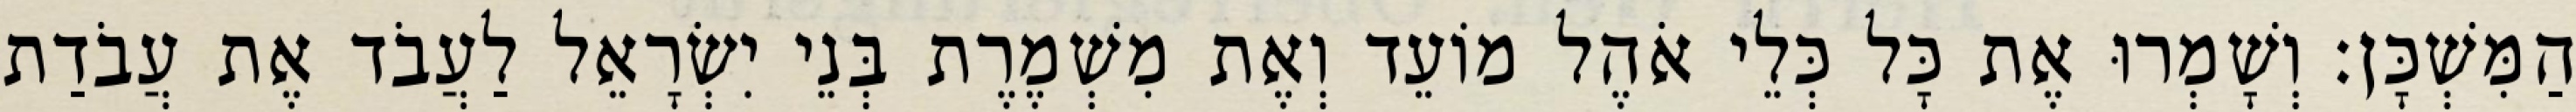
הַמִּשְׁכָּן׃ וְשָׁמְרוּ אֶת כָּל כְּלֵי אֹהֶל מוֹעֵד וְאֶת מִשְׁמֶרֶת בְּנֵי יִשְׂרָאֵל לַעֲבֹד אֶת עֲבֹדַת